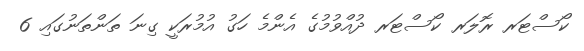
ކޯސްޓަރ ރޮލަރ ކޯސްޓަރ ދުއްވުމުގެ އެންމެ ހަގު އުމުރަކީ ގިނަ ތަންތަނުގައި 6